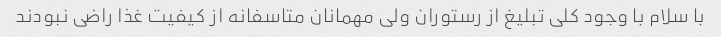
با سلام با وجود کلی تبلیغ از رستوران ولی مهمانان متاسفانه از کیفیت غذا راضی نبودند